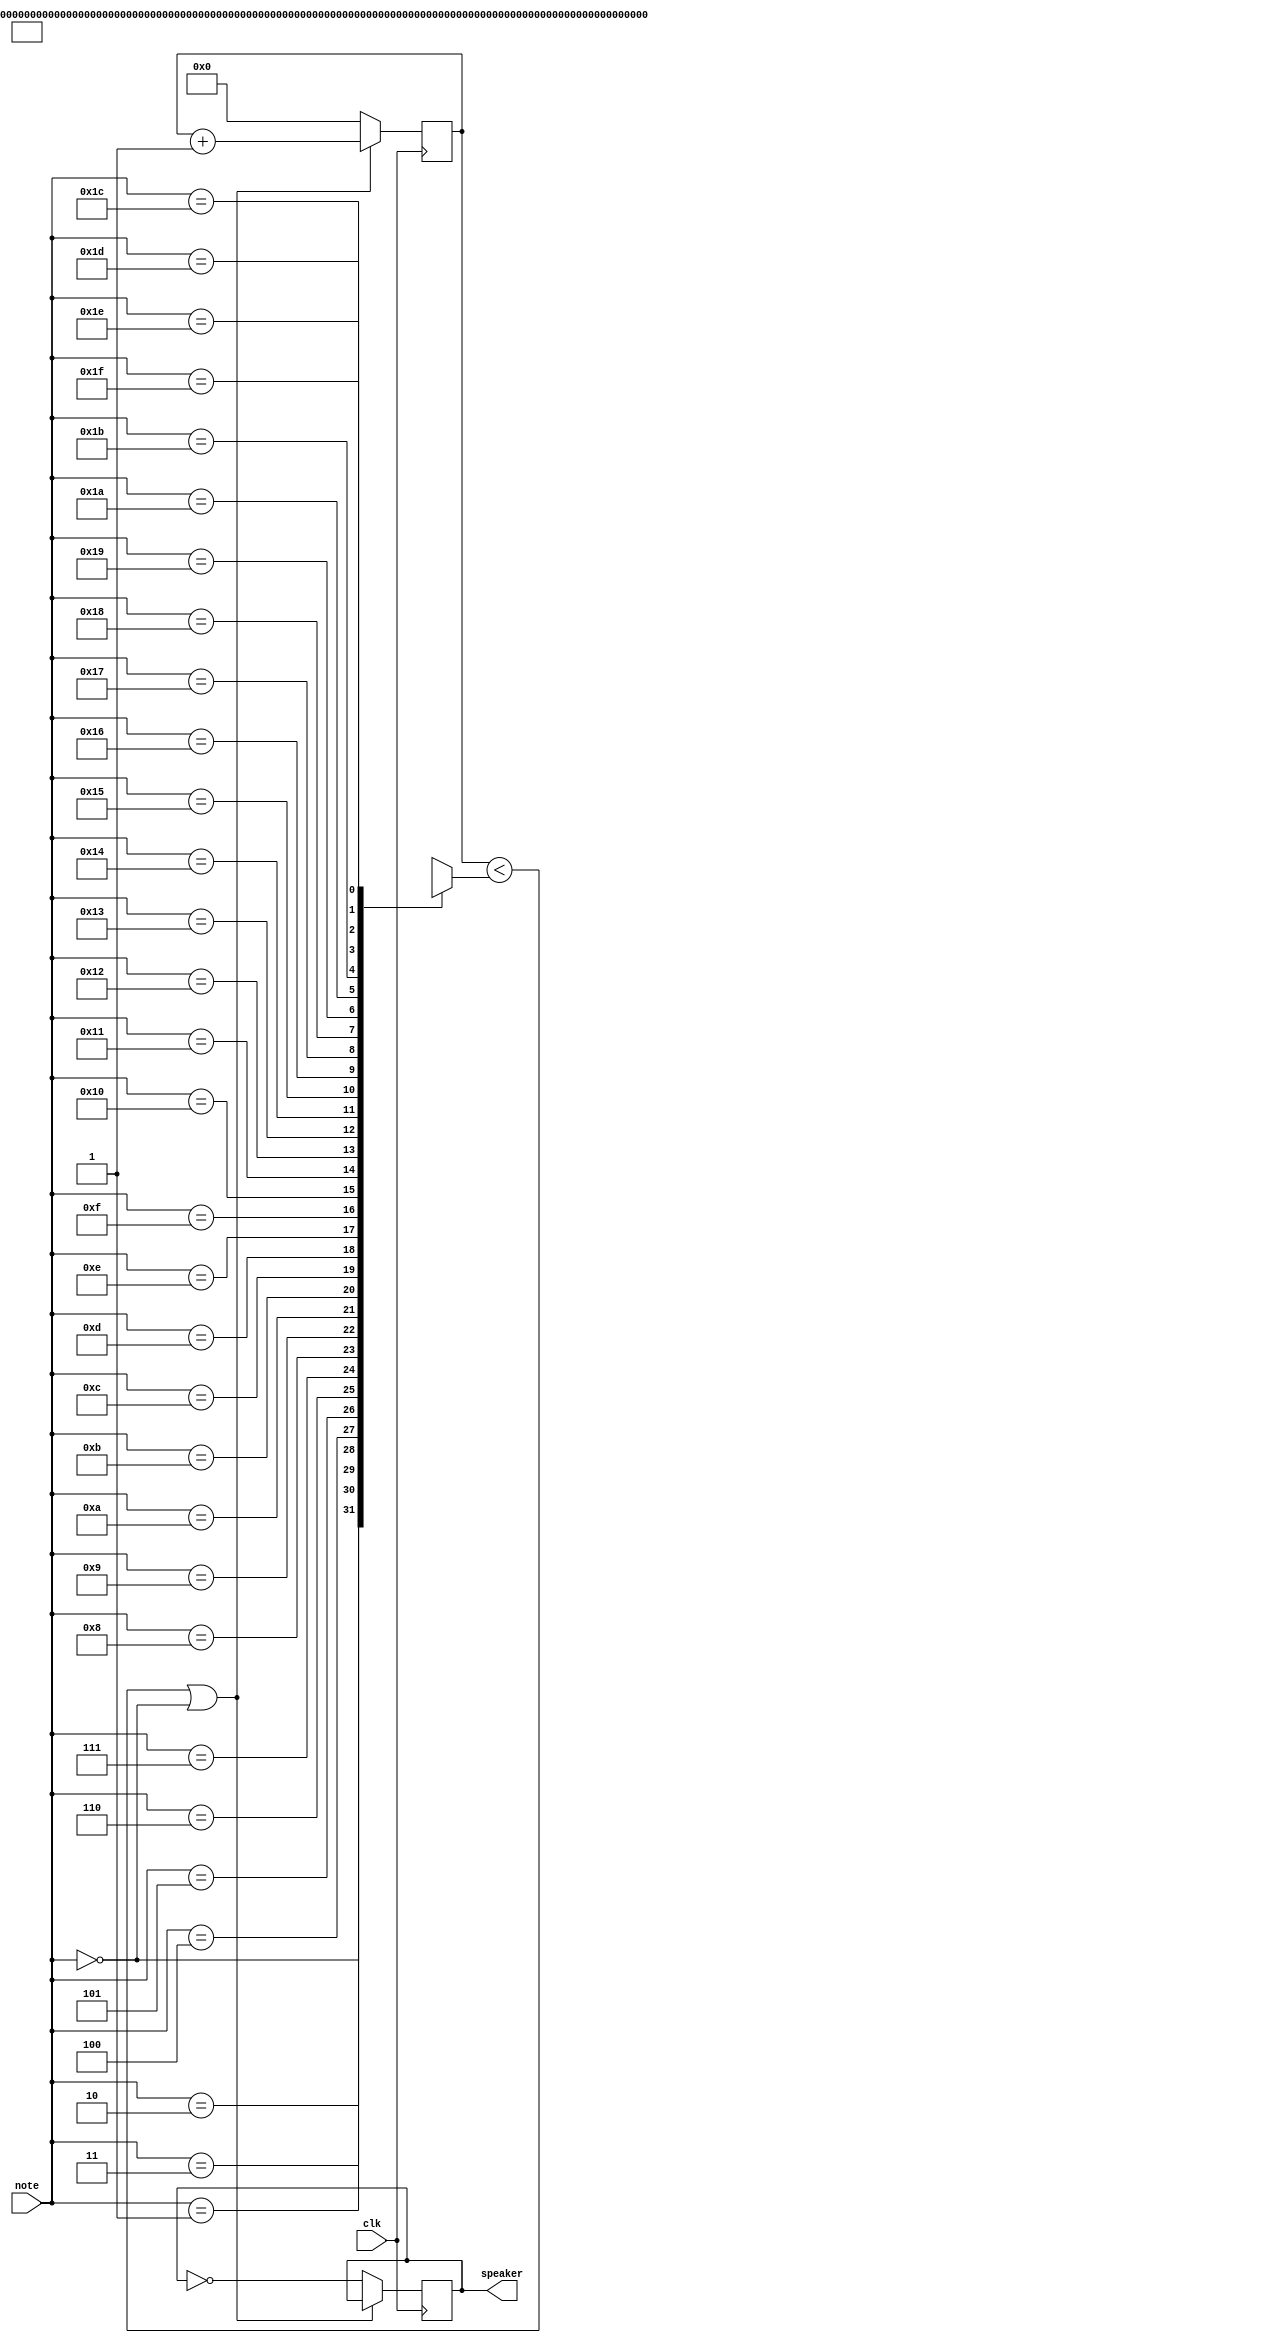
`timescale 1ns / 1ps
//////////////////////////////////////////////////////////////////////////////////
// Company: 
// Engineer: 
// 
// Design Name: 
// Module Name: Buzzer
// Project Name: 
// Target Devices: 
// Tool Versions: 
// Description: 
// 
// Dependencies: 
// 
// Revision:
// Revision 0.01 - File Created
// Additional Comments:
// 
//////////////////////////////////////////////////////////////////////////////////

module Buzzer (
 input wire clk , // Clock signal
 input wire [4:0] note , // Note ( Input 1 outputsa signal for 'do , ' 2 for 're , ' 3 for 'mi , ' 4 ,and so on)
 output wire speaker // Buzzer output signal
  ) ;
  wire [31:0] notes [31:0];
  reg [31:0] counter ;
  reg pwm ;
  
  // Frequencies of do , re , mi , fa , so , la , si
  // Obtain the ratio of how long the buzzer should be active in one second
  assign notes [0]= 0;
  assign notes [1]= 381680;
  assign notes [2]= 340136;
  assign notes [3]= 303030;
  assign notes [4]= 285714;
  assign notes [5]= 255102;
  assign notes [6]= 227273;
  assign notes [7]= 202429;
    
   assign notes [8]= 763360;
   assign notes [9]= 680272;
   assign notes [10]= 606060;
   assign notes [11]= 571428;
   assign notes [12]= 510204;
   assign notes [13]= 454546;
   assign notes [14]= 404858;
   
    assign notes [15]= 190840;
    assign notes [16]= 170068;
    assign notes [17]= 151515;
    assign notes [18]= 142587;
    assign notes [19]= 127551;
    assign notes [20]= 113637;
    assign notes [21]= 101215;
    
    assign notes[22]= 360808;// high do
    assign notes[23]= 321444;// high re
    assign notes[24]= 270301;// high fa
    assign notes[25]= 240811;// high so
    assign notes[26]= 214538;// high la
  initial
    begin
      pwm = 0;
    end
  always @ ( posedge clk ) begin
    if ( counter < notes [note]|| note ==1'b0 ) begin
      counter <= counter + 1'b1 ;
    end else begin
       pwm =~ pwm ;
       counter <= 0;
     end
   end

   assign speaker = pwm ; // Output a PWM signal to the buzzer
endmodule